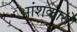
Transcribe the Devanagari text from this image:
आंशकासे